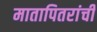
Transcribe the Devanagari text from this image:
मातापितरांची